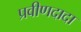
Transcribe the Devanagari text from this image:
प्रवीणदादा